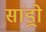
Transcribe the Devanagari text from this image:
सांड्रो